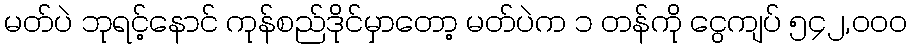
မတ်ပဲ ဘုရင့်နောင် ကုန်စည်ဒိုင်မှာတော့ မတ်ပဲက ၁ တန်ကို ငွေကျပ် ၅၄၂,၀၀၀